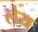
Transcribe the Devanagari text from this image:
लेय